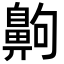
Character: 齁